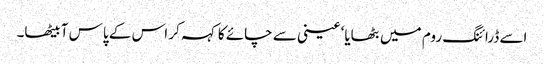
اسے ڈرائنگ روم میں بٹھایا‘ عینی سے چائے کا کہہ کر اس کے پاس آ بیٹھا۔